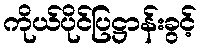
ကိုယ်ပိုင်ပြဋ္ဌာန်းခွင့်